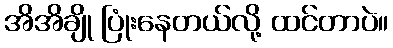
အိအိချို ပြုံးနေတယ်လို့ ထင်တာပဲ။